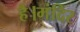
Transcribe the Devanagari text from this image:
है।मंदिर